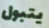
يتبول